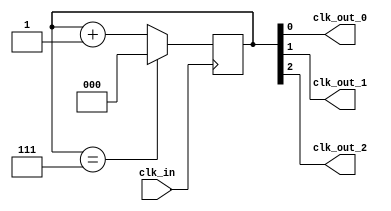
module multi_phase_clock_divider (
    input wire clk_in,
    output wire clk_out_0,
    output wire clk_out_1,
    output wire clk_out_2
);

reg [2:0] counter;

always @(posedge clk_in) begin
    if (counter == 3'b111)
        counter <= 3'b000;
    else
        counter <= counter + 1;
end

assign clk_out_0 = counter[0];
assign clk_out_1 = counter[1];
assign clk_out_2 = counter[2];

endmodule